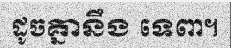
ដូចគ្នានឹង ទេពា។